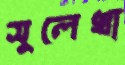
সুলেখা